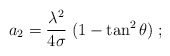
\begin{align*}a_2 = {\lambda^2 \over 4\sigma}\; (1-\tan^2\theta)\;;\end{align*}